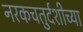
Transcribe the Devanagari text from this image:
नरकचतुर्दशीच्या